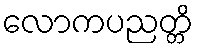
လောကပညတ္တိ